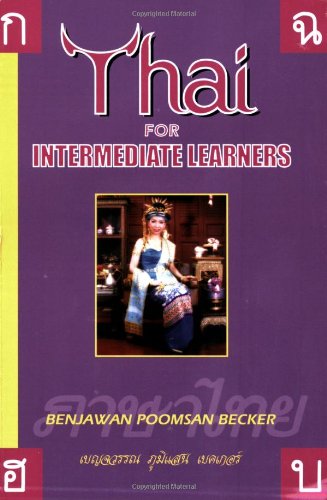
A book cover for Thai for Intermediate Learners; Benjawan Poomsan Becker; Travel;